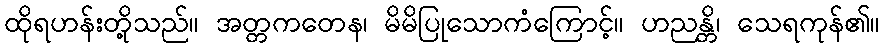
ထိုရဟန်းတို့သည်။ အတ္တကတေန၊ မိမိပြုသောကံကြောင့်။ ဟညန္တိ၊ သေရကုန်၏။